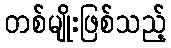
တစ်မျိုးဖြစ်သည့်